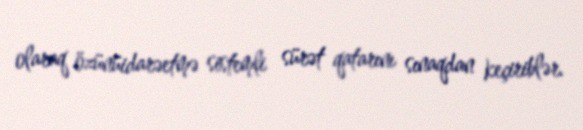
olaraq özünüidarəetmə sistemli sürət qatarını sınaqdan keçiriblər.